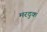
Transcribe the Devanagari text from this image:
मरदुक